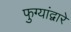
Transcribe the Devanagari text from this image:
फुग्यांद्वारे